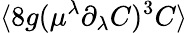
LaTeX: \langle 8g(\mu^{\lambda}\partial_{\lambda}{C})^{3}C\rangle